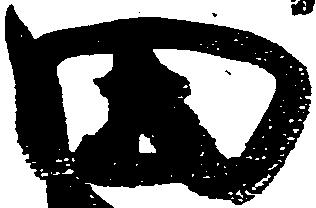
田